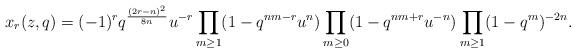
LaTeX: \begin{align*}x_r(z,q)=(-1)^r q^{\frac{(2r-n)^2}{8n}} u^{-r}\prod_{m \geq 1}(1-q^{nm-r}u^n)\prod_{m \geq 0}(1-q^{nm+r}u^{-n})\prod_{m \geq 1}(1-q^{m})^{-2n}.\end{align*}